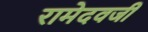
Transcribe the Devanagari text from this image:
रामेदवजी